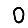
Digit: 0